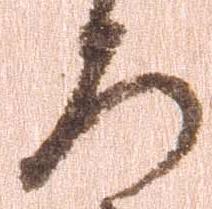
ろ